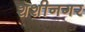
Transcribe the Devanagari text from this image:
शशीनगर